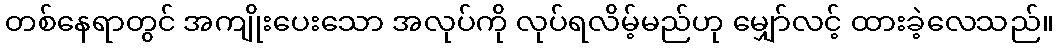
တစ်နေရာတွင် အကျိုးပေးသော အလုပ်ကို လုပ်ရလိမ့်မည်ဟု မျှော်လင့် ထားခဲ့လေသည်။